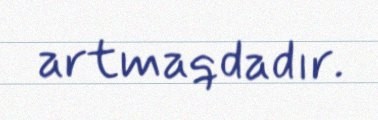
artmaqdadır.